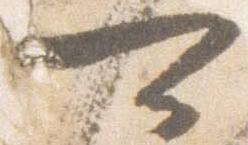
可